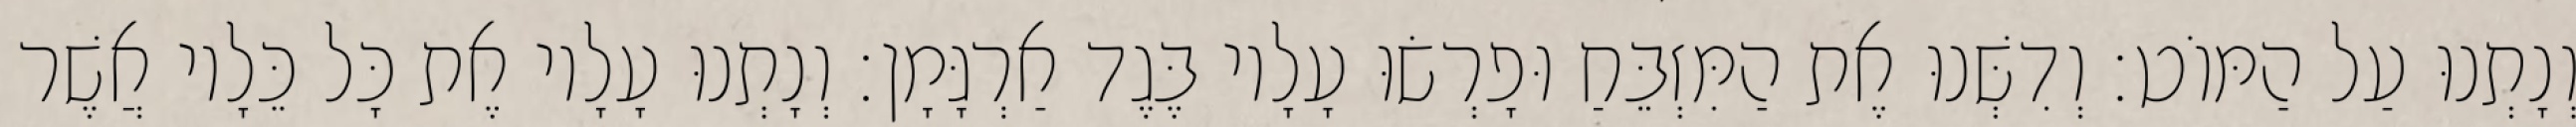
וְנָתְנוּ עַל הַמּוֹט׃ וְדִשְּׁנוּ אֶת הַמִּזְבֵּחַ וּפָרְשׂוּ עָלָיו בֶּגֶד אַרְגָּמָן׃ וְנָתְנוּ עָלָיו אֶת כָּל כֵּלָיו אֲשֶׁר